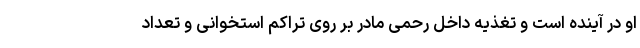
او در آینده است و تغذیه داخل رحمی مادر بر روی تراکم استخوانی و تعداد